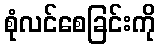
စုံလင်စေခြင်းကို